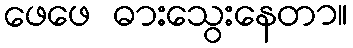
ဖေဖေ ဓားသွေးနေတာ။